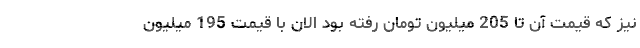
نیز که قیمت آن تا 205 میلیون تومان رفته بود الان با قیمت 195 میلیون